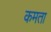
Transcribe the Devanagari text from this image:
कमता